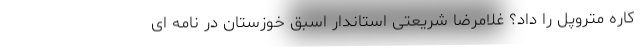
کاره متروپل را داد؟ غلامرضا شریعتی استاندار اسبق خوزستان در نامه ای